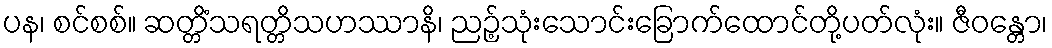
ပန၊ စင်စစ်။ ဆတ္တိံသရတ္တိသဟဿာနိ၊ ညဉ့်သုံးသောင်းခြောက်ထောင်တို့ပတ်လုံး။ ဇီဝန္တော၊